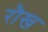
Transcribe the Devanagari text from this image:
रौख